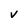
Character: v